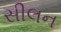
સીલન